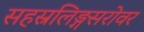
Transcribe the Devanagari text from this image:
सहस्रलिङ्गसरोवर